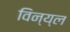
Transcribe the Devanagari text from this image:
विन्य्ल